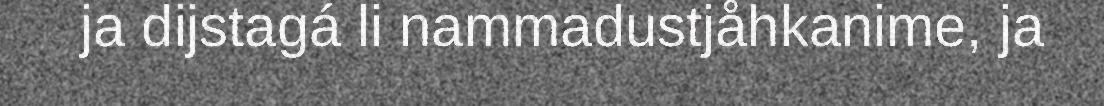
ja dijstagá li nammadustjåhkanime, ja